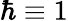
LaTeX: \hbar\equiv 1